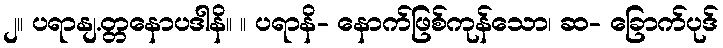
၂။ ပရာနျ.တ္တနောပဒါနိ။ ။ ပရာနိ- နောက်ဖြစ်ကုန်သော၊ ဆ- ခြောက်ပုဒ်